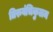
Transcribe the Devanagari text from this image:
तिरुवंचिकुलम